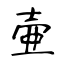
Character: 壷